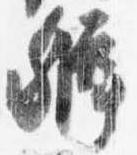
弁